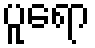
ပူရော